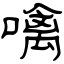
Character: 噙